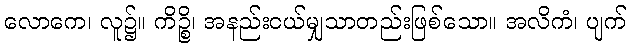
လောကေ၊ လူ၌။ ကိဉ္စိ၊ အနည်းငယ်မျှသာတည်းဖြစ်သော။ အလိကံ၊ ပျက်